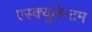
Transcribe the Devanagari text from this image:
एस्क्युलेन्टम